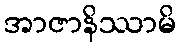
အာဇာနိဿာမိ